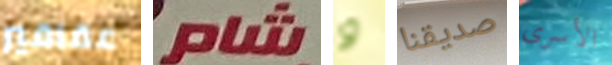
عقاقير شام و صديقنا الأسرى